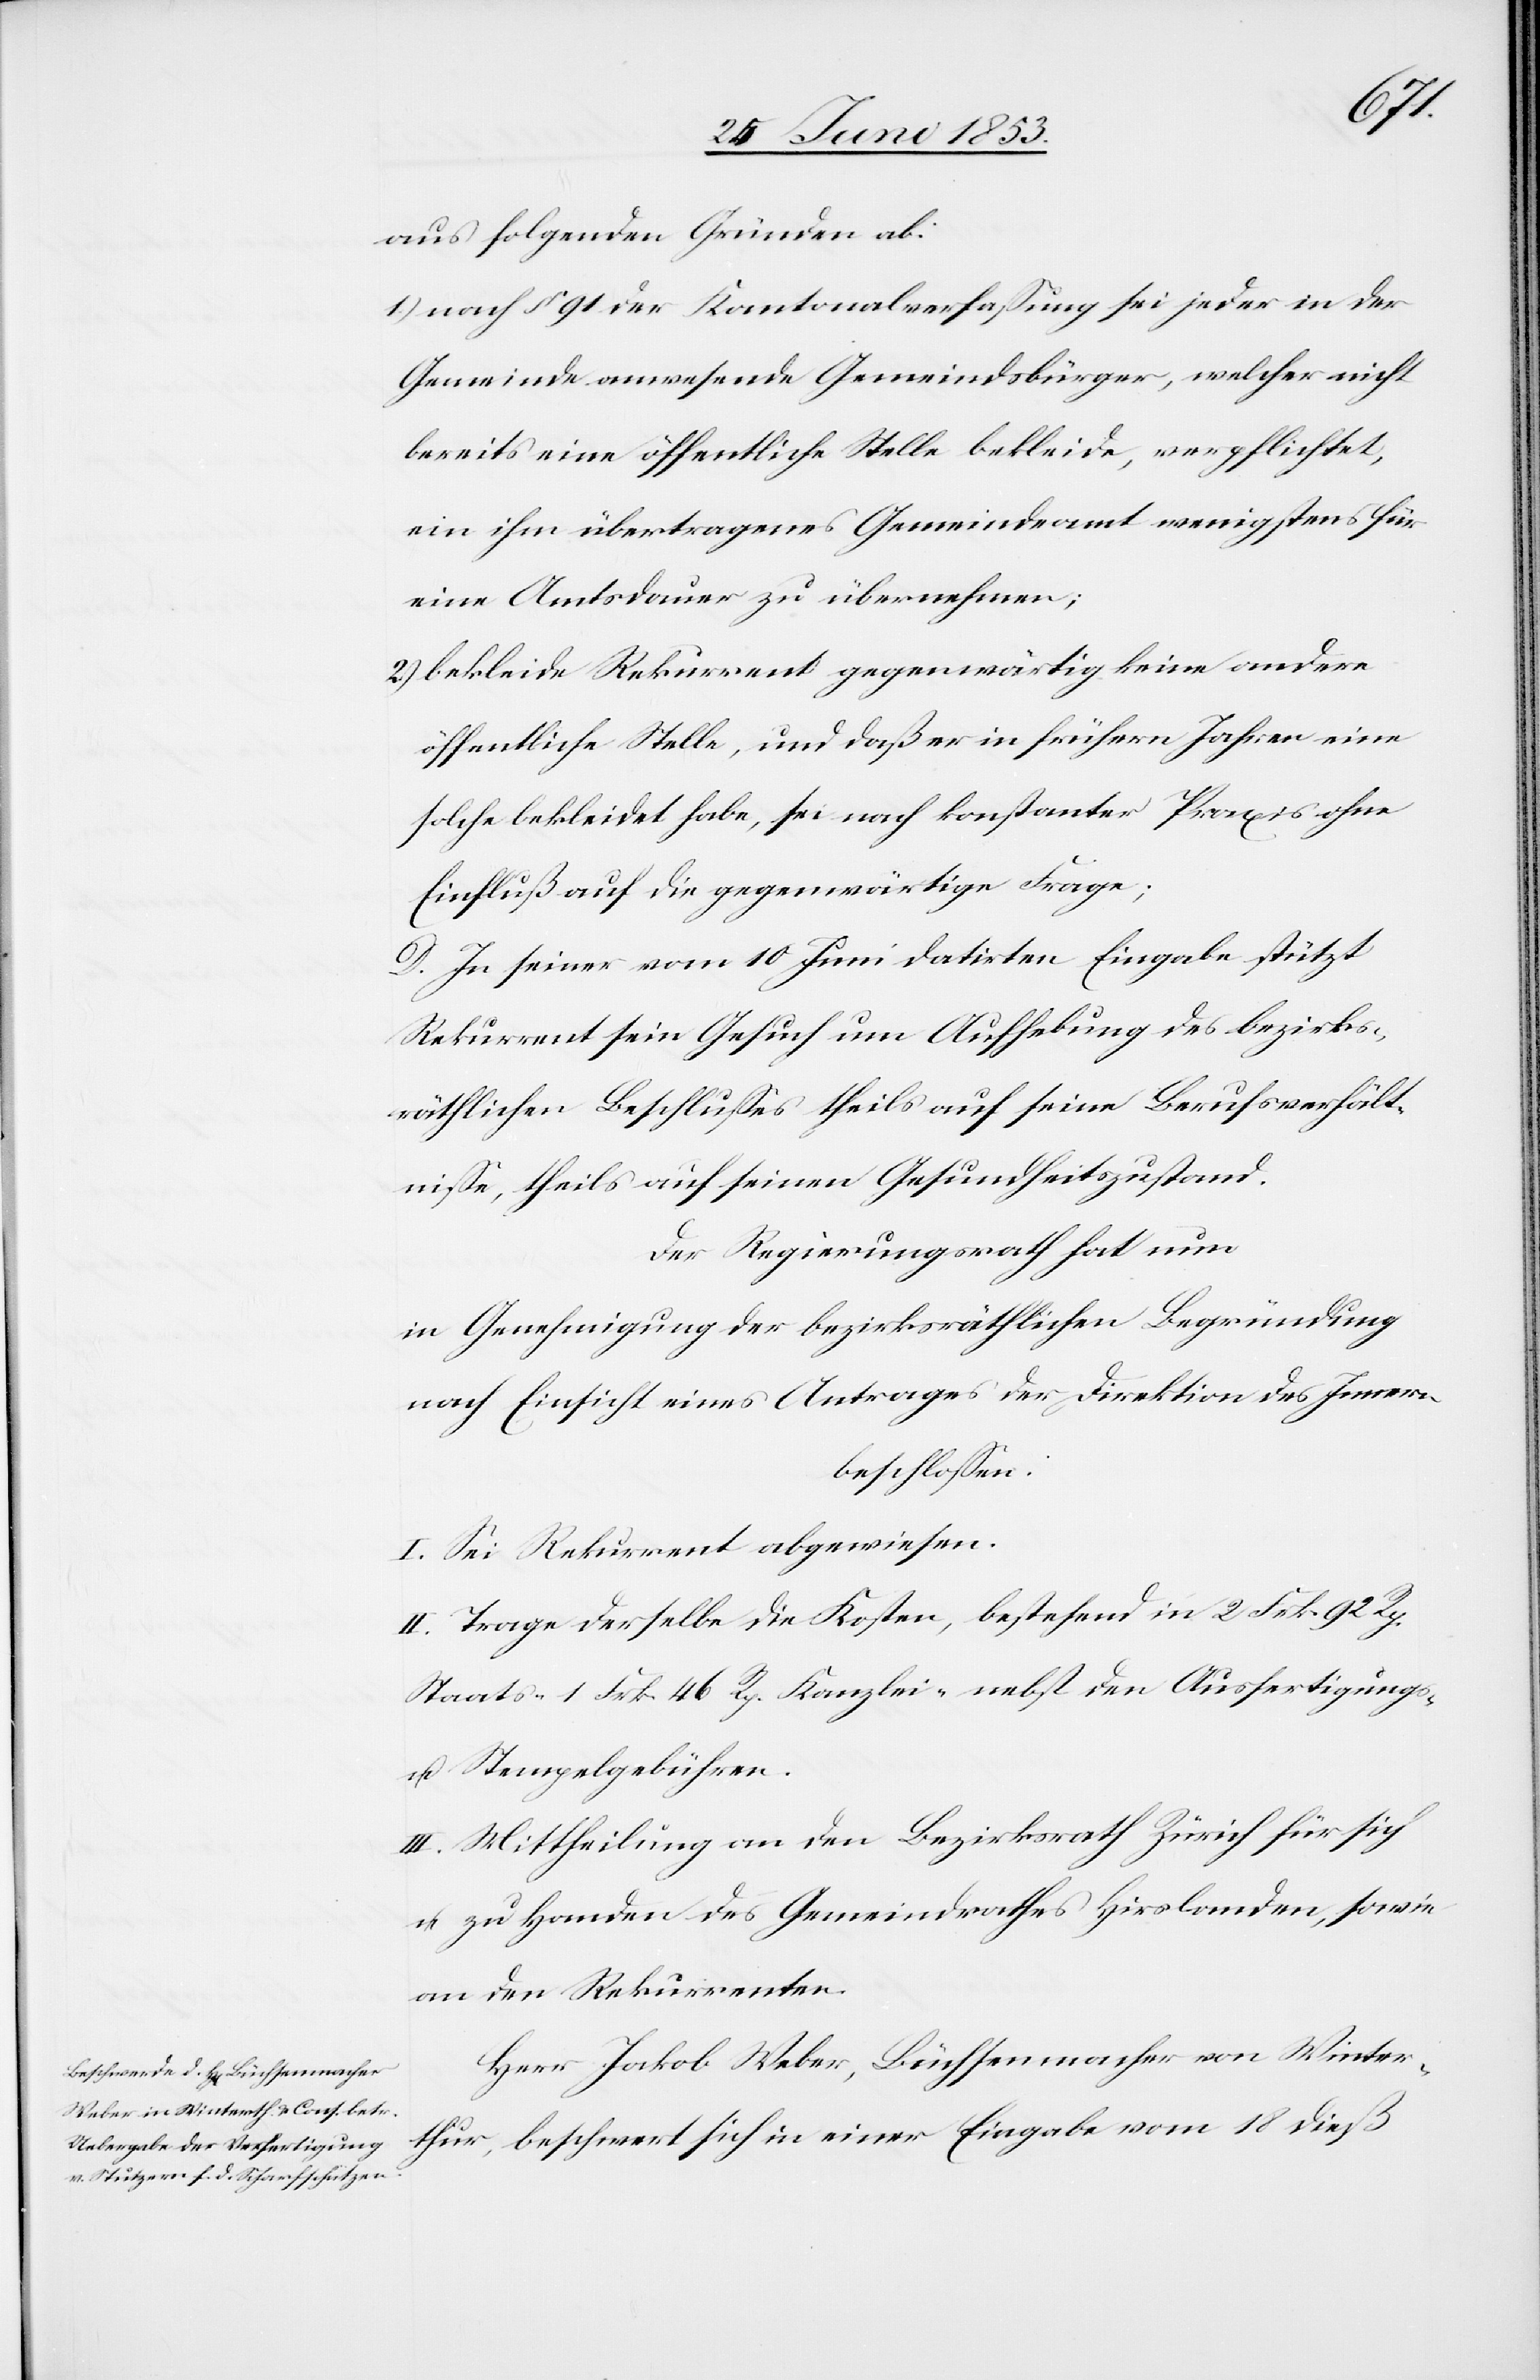
Innern
aus folgenden Gründen ab:
1.) nach § 91 der Kantonalverfaßung sei jeder in der
Gemeinde anwesende Gemeindsbürger, welcher nicht
bereits eine öffentliche Stelle bekleide, verpflichtet,
ein ihm übertragenes Gemeindeamt wenigstens für
eine Amtsdauer zu übernehmen;
2.) bekleide Rekurrent gegenwärtig keine andere
öffentliche Stelle, und daß er in frühern Jahren eine
solche bekleidet habe, sei nach konstanter Praxis ohne
Einfluß auf die gegenwärtige Frage;
D. In seiner vom 10 Juni datirten Eingabe stützt
Rekurrent sein Gesuch um Aufhebung des bezirks¬
räthlichen Beschlußes theils auf seine Berufsverhält¬
niße, theils auf seinen Gesundheitszustand.
Der Regierungsrath hat nun
in Genehmigung der bezirksräthlichen Begründung
beschloßen:
I. Sei Rekurrent abgewiesen.
II. Trage derselbe die Kosten, bestehend in 2 Frk. 92 Rp.
Staats- 1 Frk. 46 Rp. Kanzlei- nebst den Ausfertigungs-
u. Stempelgebühren.
III. Mittheilung an den Bezirksrath Zürich für sich
u. zu Handen des Gemeindrathes Hirslanden, sowie
an die Rekurrenten.
Herr Jakob Weber, Büchsenmacher von Winter¬
thur, beschwert sich in einer Eingabe vom 18 dieß